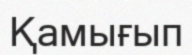
Қамығып